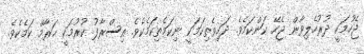
ޖެހުމަކީ ދުރުހެލިވާން ޖެހޭ ކަންކަމެވެ. ދަހިވެތިކަމަކީ ނިކަމެތިކަމެކެވެ. އިސްރާފު ކުރުމަކީ ޙަރާމް ކަމެކެވެ.